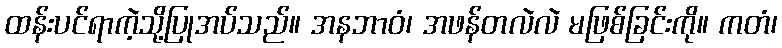
ထန်းပင်ရာကဲ့သို့ပြုအပ်သည်။ အနဘာဝံ၊ အဖန်တလဲလဲ မဖြစ်ခြင်းကို။ ကတံ၊